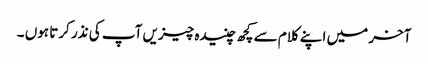
آخر میں اپنے کلام سے کچھ چنیدہ چیزیں آپ کی نذر کرتا ہوں ۔